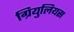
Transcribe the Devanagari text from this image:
ग्रियुलियस